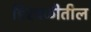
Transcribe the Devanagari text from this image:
हिरवळीतील